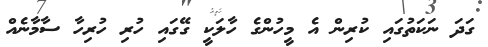
ގަދަ ނަކަތުގައި ކުރިން އެ މީހުންގެ ހާލަކީ ގޭގައި ހުރި ހުރިހާ ސާމާނެއް